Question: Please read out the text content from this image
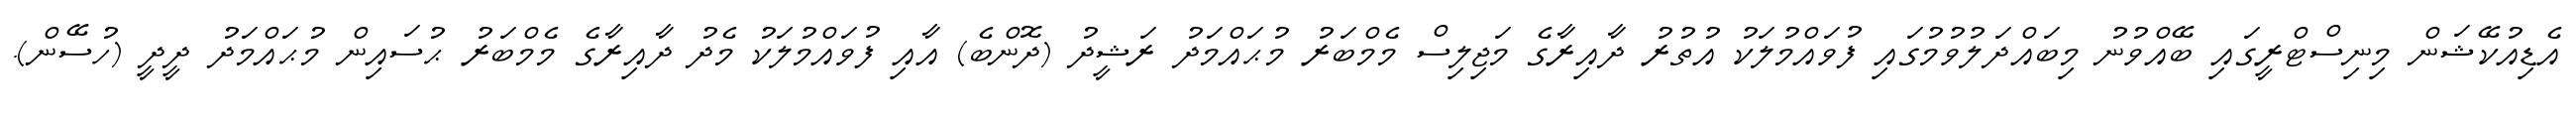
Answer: އެޑިއުކޭޝަން މިނިސްޓްރީގައި ބޭއްވުނު މިބައްދަލުވުމުގައި ފުވައްމުލަކު އުތުރު ދާއިރާގެ މަޖިލިސް މެމްބަރު މުޙައްމަދު ރަޝީދު (ދޮންބެ) އާއި ފުވައްމުލަކު މެދު ދާއިރާގެ މެމްބަރު ޙުސައިން މުޙައްމަދު ދީދީ (ހުސޭން).